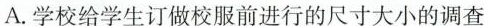
A.学校给学生订做校服前进行的尺寸大小的调查